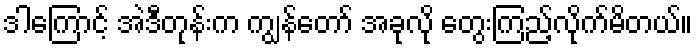
ဒါကြောင့် အဲဒီတုန်းက ကျွန်တော် အခုလို တွေးကြည့်လိုက်မိတယ်။